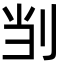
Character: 㓥